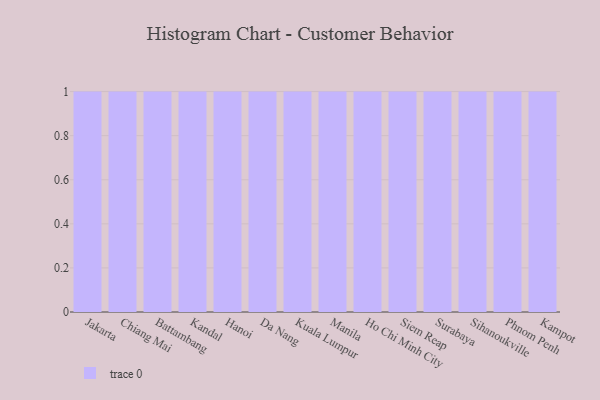
{"axis": {"x": "City", "y": "Shipments"}, "legend": [""], "data": [{"x": "Jakarta", "y": 61, "type": ""}, {"x": "Chiang Mai", "y": 49, "type": ""}, {"x": "Battambang", "y": 8, "type": ""}, {"x": "Kandal", "y": 43, "type": ""}, {"x": "Hanoi", "y": 24, "type": ""}, {"x": "Da Nang", "y": 6, "type": ""}, {"x": "Kuala Lumpur", "y": 68, "type": ""}, {"x": "Manila", "y": 21, "type": ""}, {"x": "Ho Chi Minh City", "y": 56, "type": ""}, {"x": "Siem Reap", "y": 51, "type": ""}, {"x": "Surabaya", "y": 77, "type": ""}, {"x": "Sihanoukville", "y": 64, "type": ""}, {"x": "Phnom Penh", "y": 74, "type": ""}, {"x": "Kampot", "y": 37, "type": ""}]}